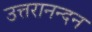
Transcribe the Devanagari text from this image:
उत्तरानन्दन